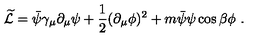
\widetilde { \cal L } = \bar { \psi } \gamma _ { \mu } \partial _ { \mu } \psi + \frac { 1 } { 2 } ( \partial _ { \mu } \phi ) ^ { 2 } + m \bar { \psi } \psi \cos \beta \phi \ .